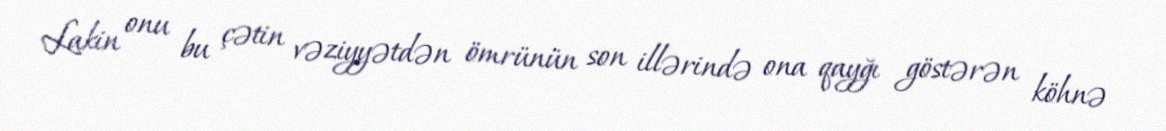
Lakin onu bu çətin vəziyyətdən ömrünün son illərində ona qayğı göstərən köhnə